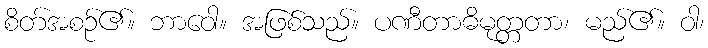
စိတ်အစဉ်၏။ ဘာဝေါ။ အဖြစ်သည်။ ပဏီတာဓိမုတ္တတာ၊ မည်၏။ ဝါ၊